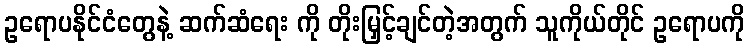
ဥရောပနိုင်ငံတွေနဲ့ ဆက်ဆံရေး ကို တိုးမြှင့်ချင်တဲ့အတွက် သူကိုယ်တိုင် ဥရောပကို